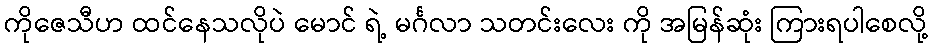
ကိုဇေသီဟ ထင်နေသလိုပဲ မောင် ရဲ့ မင်္ဂလာ သတင်းလေး ကို အမြန်ဆုံး ကြားရပါစေလို့